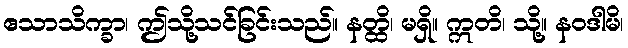
ဧသာသိက္ခာ၊ ဤသို့သင်ခြင်းသည်။ နတ္ထိ၊ မရှိ။ ဣတိ၊ သို့။ နဝဒါမိ၊